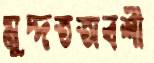
মুদ্দতঅবশী